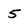
Character: 5